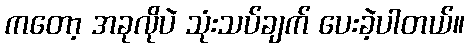
ကတော့ အခုလိုပဲ သုံးသပ်ချက် ပေးခဲ့ပါတယ်။